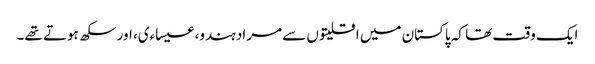
ایک وقت تھا کہ پاکستان میں اقلیتوں سے مراد ہندو، عیساءی، اورسکھ ہوتے تھے۔